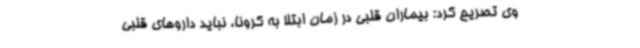
وی تصریح کرد: بیماران قلبی در زمان ابتلا به کرونا، نباید داروهای قلبی